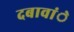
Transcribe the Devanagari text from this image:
दबावांे